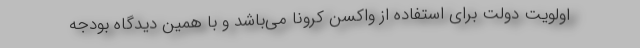
اولویت دولت برای استفاده از واکسن کرونا می‌باشد و با همین دیدگاه بودجه